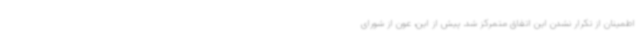
اطمینان از تکرار نشدن این اتفاق متمرکز شد. پیش از این، عون از شورای